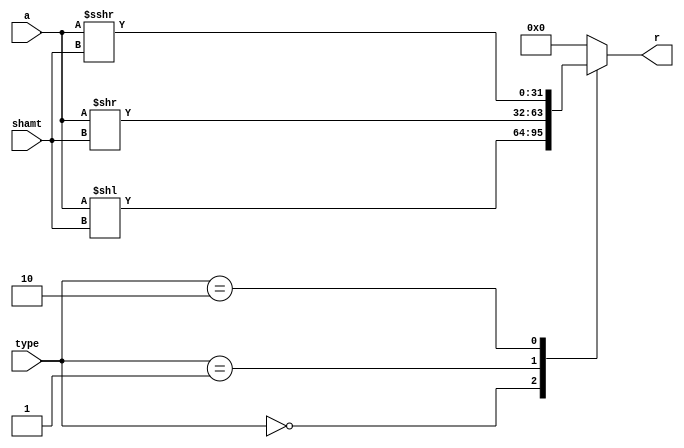
`timescale 1ns / 1ps
//////////////////////////////////////////////////////////////////////////////////
// Company: 
// Engineer: 
// 
// Design Name: 
// Module Name: shifter
// Project Name: 
// Target Devices: 
// Tool Versions: 
// Description: 
// 
// Dependencies: 
// 
// Revision:
// Revision 0.01 - File Created
// Additional Comments:
// 
//////////////////////////////////////////////////////////////////////////////////


module shifter(
    input [31:0] a,
    input [4:0] shamt,
    input [1:0] type,
    output reg [31:0] r
    );
    
    always @ * begin
    r = 0;
    case(type)
    0   :   r = a   <<  shamt;
    1   :   r = a   >>  shamt;
    2   :   r = a  >>>  shamt;
    default: r = 0;
    
    endcase
    end
endmodule